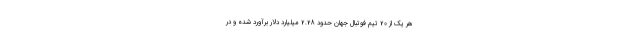
هر یک از 20 تیم فوتبال جهان حدود 2.28 میلیارد دلار برآورد شده و در